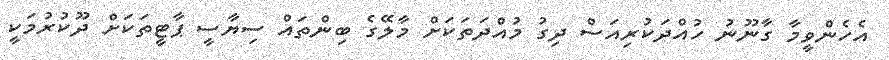
އެހެންވީމާ ގާނޫނު ހުއްދަކުރިއަސް ދިގު މުއްދަތަކަށް މާލޭގެ ބިންތައް ސިޔާސީ ޕާޓީތަކަށް ދޫކުރުމަކީ